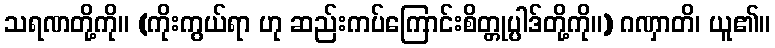
သရဏတို့ကို။ (ကိုးကွယ်ရာ ဟု ဆည်းကပ်ကြောင်းစိတ္တုပ္ပါဒ်တို့ကို။) ဂဏှာတိ၊ ယူ၏။